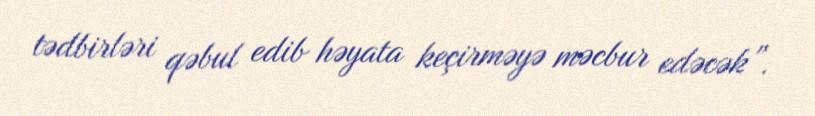
tədbirləri qəbul edib həyata keçirməyə məcbur edəcək”.